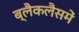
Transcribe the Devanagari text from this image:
ब्लैकलैसमें